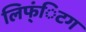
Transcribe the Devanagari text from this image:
लिफ्ंिटग